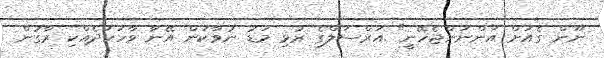
ނޫން ގެއަށް އަންނަންޖެހޭނީ" އަރްސަލްގެ ރުޅި މަޑު ނުވާކަން އޭނާ ވާހަކަދެއްކި ރާގުން